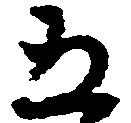
五